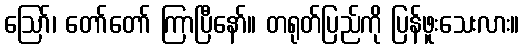
ဩော်၊ တော်တော် ကြာပြီနော်။ တရုတ်ပြည်ကို ပြန်ဖူးသေးလား။